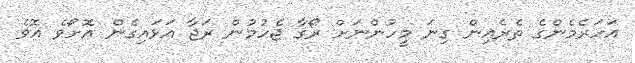
އަހަރެމެންގެ ތެރެއިން ގިނަ މީހުންނަށް ރޯގާ ޖެހުމުން ރަޖާ އަޅައިގެން އޮށޯވެ އޮވެ